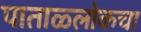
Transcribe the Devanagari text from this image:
पाताळ्लोकचा